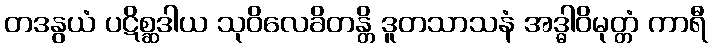
တဒနွယံ ပဋိစ္ဆဒါယ သုဝိလေခိတန္တိ ဒူတသာသနံ အဒ္ဓါဝိမုတ္တံ ကာရီ